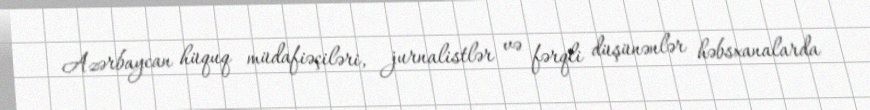
Azərbaycan hüquq müdafiəçiləri, jurnalistlər və fərqli düşünənlər həbsxanalarda